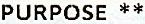
PURPOSE **